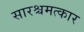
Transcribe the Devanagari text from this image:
सारश्चमत्कार